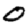
Digit: 0